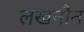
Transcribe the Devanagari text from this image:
लखनौत